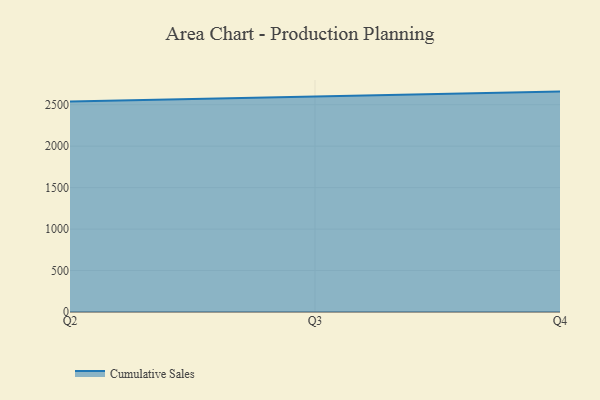
{"axis": {"x": "Quarter", "y": "Waste Production (Tons)"}, "legend": ["Cumulative Sales"], "data": [{"x": "Q2", "y": 2538.1, "type": "Cumulative Sales"}, {"x": "Q3", "y": 2596.9, "type": "Cumulative Sales"}, {"x": "Q4", "y": 2658.3, "type": "Cumulative Sales"}]}